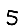
Digit: 5